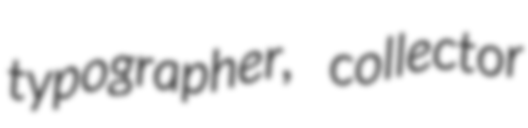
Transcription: typographer, collector